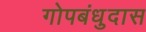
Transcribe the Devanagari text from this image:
गोपबंधुदास